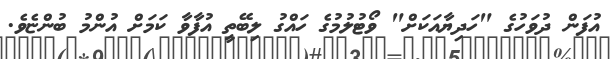
އުފަން ދުވަހުގެ "ހަދިޔާއަކަށް" ވޯޓުލުމުގެ ހައްގު ލިބޭތީ އުފާވާ ކަމަށް އުންމު ބުންޏެވެ.